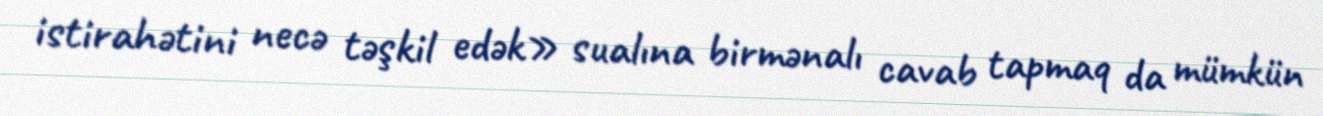
istirahətini necə təşkil edək» sualına birmənalı cavab tapmaq da mümkün